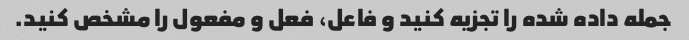
جمله داده شده را تجزیه کنید و فاعل، فعل و مفعول را مشخص کنید.